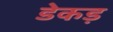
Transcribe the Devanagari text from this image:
डेकड़